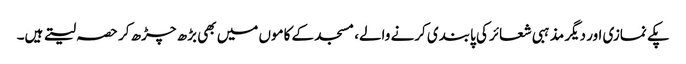
پکے نمازی اور دیگر مذہبی شعائر کی پابندی کرنے والے، مسجد کے کاموں میں بھی بڑھ چڑھ کر حصہ لیتے ہیں۔